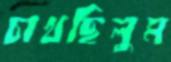
চাখছিলুম